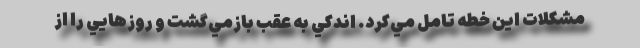
مشكلات اين خطه تامل مي‌كرد. اندكي به عقب بازمي‌گشت و روزهايي را از